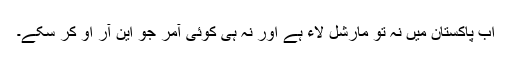
اب پاکستان میں نہ تو مارشل لاء ہے اور نہ ہی کوئی آمر جو این آر او کر سکے۔